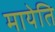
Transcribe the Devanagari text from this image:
मायेति